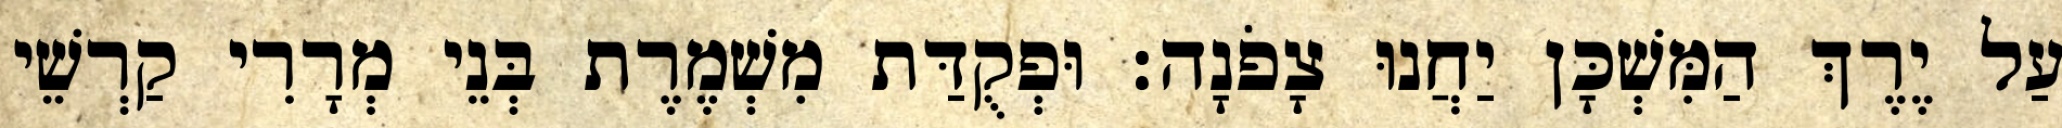
עַל יֶרֶךְ הַמִּשְׁכָּן יַחֲנוּ צָפֹנָה׃ וּפְקֻדַּת מִשְׁמֶרֶת בְּנֵי מְרָרִי קַרְשֵׁי